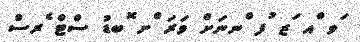
ަވ ްއ ަޒ ުފ ްނނަށް ވަރަ ްށ ޮބޑު ސްޓް ެރސް